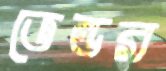
ভেন্ডর